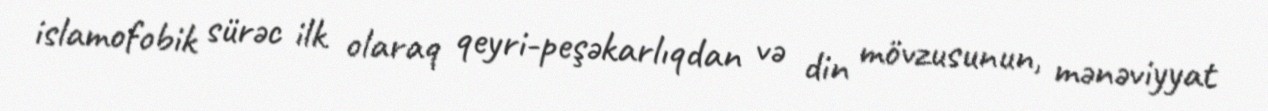
islamofobik sürəc ilk olaraq qeyri-peşəkarlıqdan və din mövzusunun, mənəviyyat